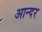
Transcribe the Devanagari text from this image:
आन्दर